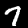
Digit: 7